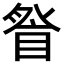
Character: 𭾽